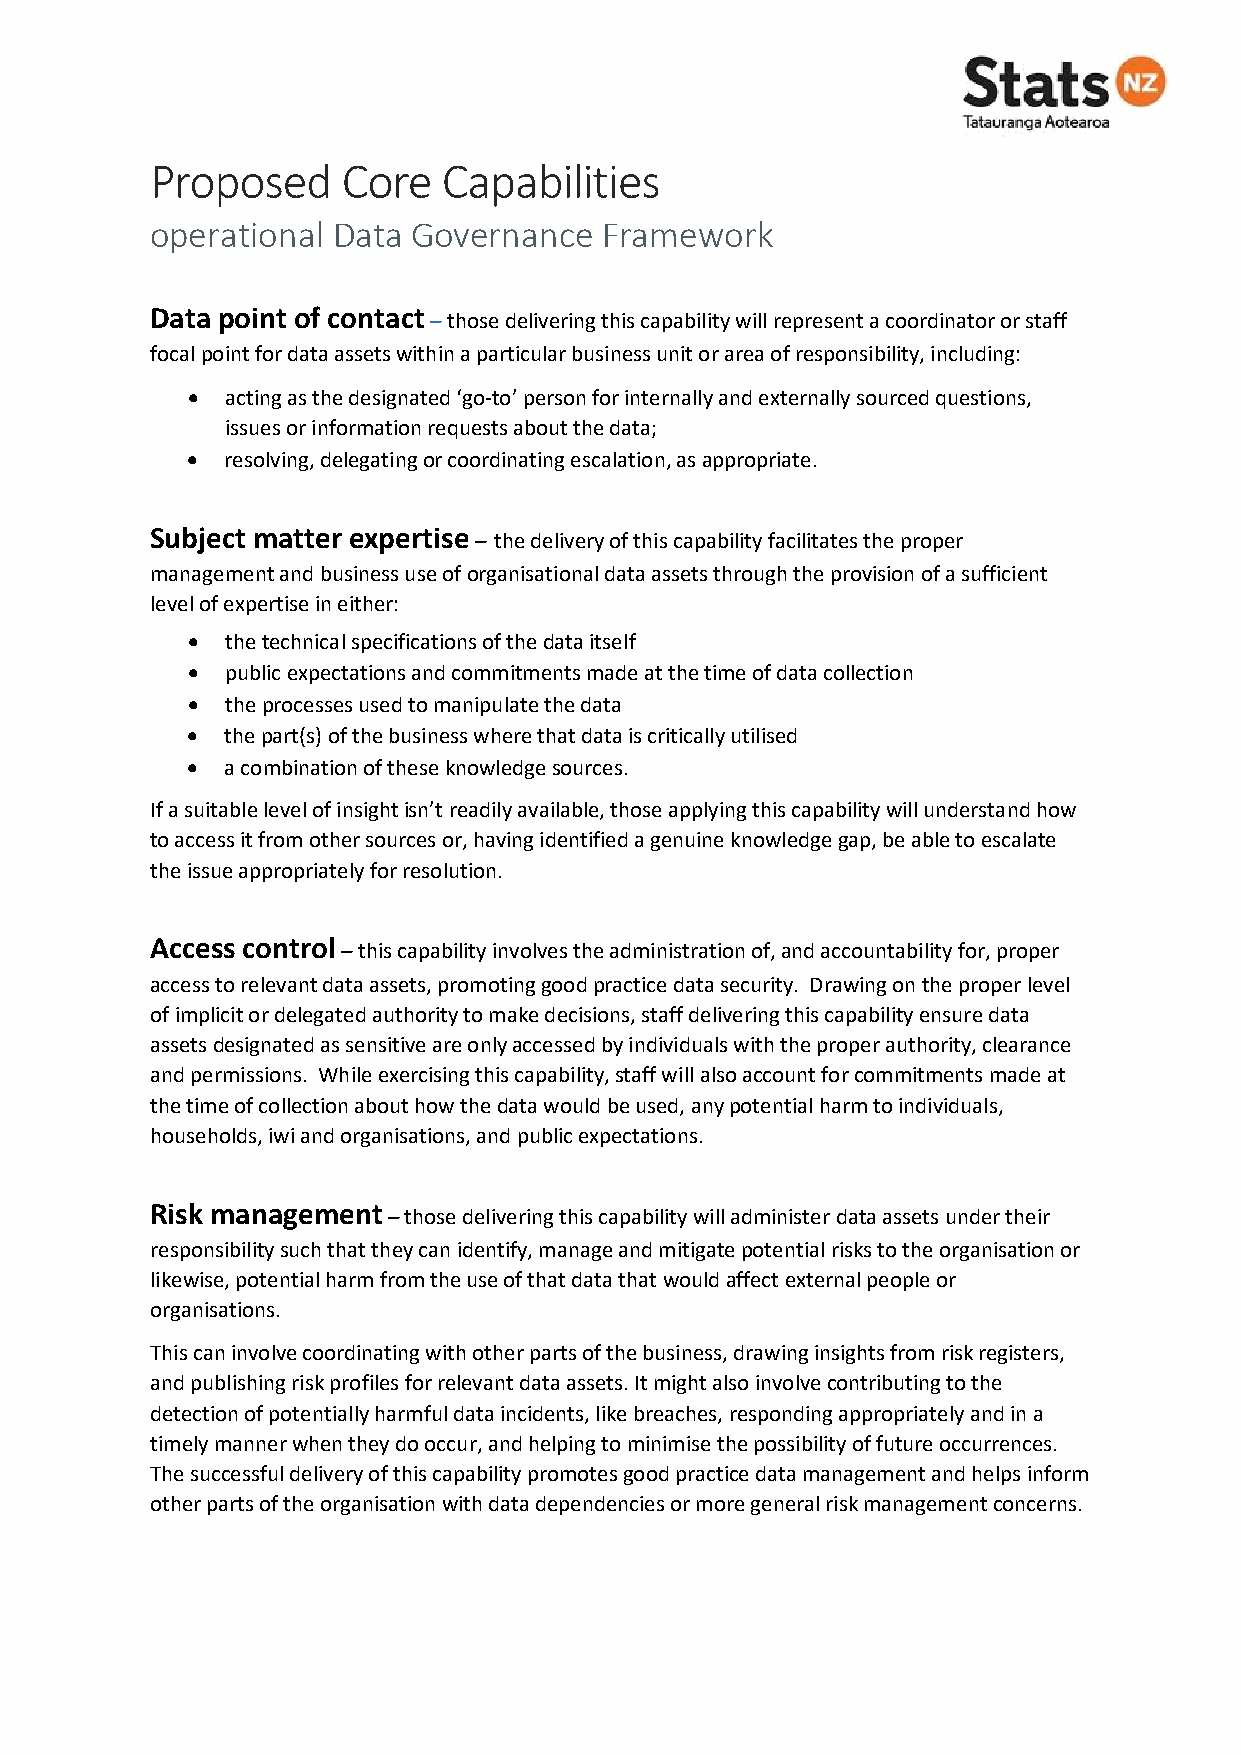
Proposed     Core  Capabilities
 operational Data Governance   Framework
 Data point of contact – those delivering this capability will represent a coordinator or staff
 focal point for data assets within a particular business unit or area of responsibility, including:
 •  acting as the designated ‘go-to’ person for internally and externally sourced questions,
 issues or information requests about the data;
 •  resolving, delegating or coordinating escalation, as appropriate.
 Subject matter expertise – the delivery of this capability facilitates the proper
 management and business use of organisational data assets through the provision of a sufficient
 level of expertise in either:
 •  the technical specifications of the data itself
 •  public expectations and commitments made at the time of data collection
 •  the processes used to manipulate the data
 •  the part(s) of the business where that data is critically utilised
 •  a combination of these knowledge sources.
 If a suitable level of insight isn’t readily available, those applying this capability will understand how
 to access it from other sources or, having identified a genuine knowledge gap, be able to escalate
 the issue appropriately for resolution.
 Access control – this capability involves the administration of, and accountability for, proper
 access to relevant data assets, promoting good practice data security. Drawing on the proper level
 of implicit or delegated authority to make decisions, staff delivering this capability ensure data
 assets designated as sensitive are only accessed by individuals with the proper authority, clearance
 and permissions. While exercising this capability, staff will also account for commitments made at
 the time of collection about how the data would be used, any potential harm to individuals,
 households, iwi and organisations, and public expectations.
 Risk management – those delivering this capability will administer data assets under their
 responsibility such that they can identify, manage and mitigate potential risks to the organisation or
 likewise, potential harm from the use of that data that would affect external people or
 organisations.
 This can involve coordinating with other parts of the business, drawing insights from risk registers,
 and publishing risk profiles for relevant data assets. It might also involve contributing to the
 detection of potentially harmful data incidents, like breaches, responding appropriately and in a
 timely manner when they do occur, and helping to minimise the possibility of future occurrences.
 The successful delivery of this capability promotes good practice data management and helps inform
 other parts of the organisation with data dependencies or more general risk management concerns.